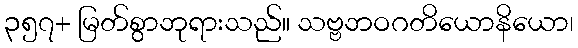
၃၅၇+ မြတ်စွာဘုရားသည်။ သဗ္ဗဘဝဂတိယောနိယော၊